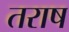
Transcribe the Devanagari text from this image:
तराष